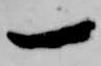
一